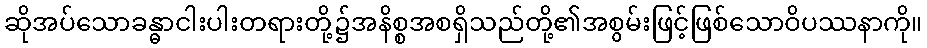
ဆိုအပ်သောခန္ဓာငါးပါးတရားတို့၌အနိစ္စအစရှိသည်တို့၏အစွမ်းဖြင့်ဖြစ်သောဝိပဿနာကို။